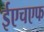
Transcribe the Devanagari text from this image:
ईएचएफ